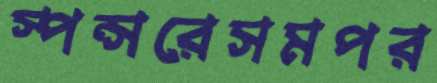
স্পন্সরেসমপর